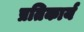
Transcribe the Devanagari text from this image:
प्रतिकार्य